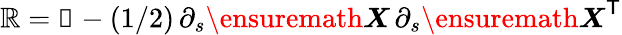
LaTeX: \mathbb{R}=\mathbb{1}-(1/2)\, \partial_{s}{\ensuremath\boldsymbol{X}}\, \partial_{s}{\ensuremath\boldsymbol{X}}^{\mathsf{T}}